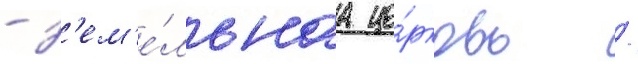
- з'ем'е́льнаа це́рковь /